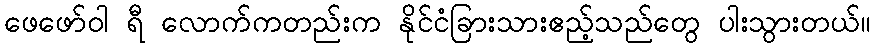
ဖေဖော်ဝါ ရီ လောက်ကတည်းက နိုင်ငံခြားသားဧည့်သည်တွေ ပါးသွားတယ်။